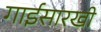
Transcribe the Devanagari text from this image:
गाईसारखी